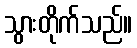
သွားတိုက်သည်။